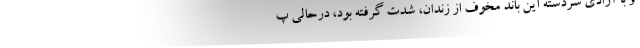
و با آزادی سردسته این باند مخوف از زندان، شدت گرفته بود، درحالی پ